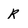
Character: R